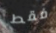
فقط